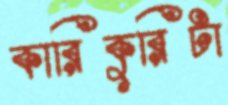
কারিকুরিটা